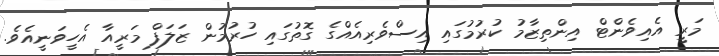
މަރީ އެއިވެންޓް އިންތިޒާމު ކުރުމުގައި އިސްވެރިއެއްގެ ގޮތުގައި ހުރުމުން ޒަލަފް މަރީއާ އެހީވަނީއެވެ.